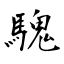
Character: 騩